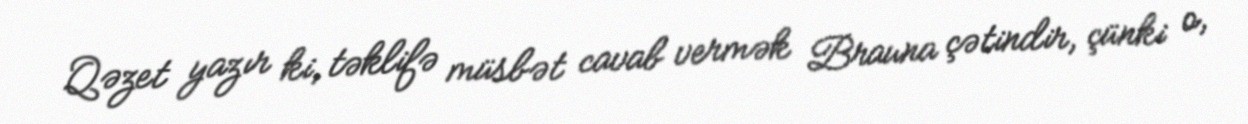
Qəzet yazır ki, təklifə müsbət cavab vermək Brauna çətindir, çünki o,